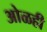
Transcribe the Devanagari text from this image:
ओळही